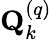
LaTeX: \mathbf{Q}_{k}^{\left(q\right)}